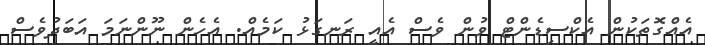
އެއްގޮތަކުން އެކްސިޑެންޓް ވުން ވެސް އެއީ ރަނގަޅު ކަމެއް. އެހެން ނޫންނަމަ އަބަދުވެސް